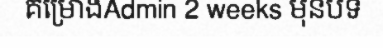
គម្រោងAdmin 2 weeks មុនបទ